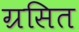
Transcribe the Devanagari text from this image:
ग्रसित